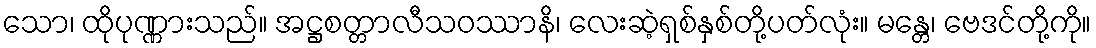
သော၊ ထိုပုဏ္ဏားသည်။ အဋ္ဌစတ္တာလီသဝဿာနိ၊ လေးဆဲ့ရှစ်နှစ်တို့ပတ်လုံး။ မန္တေ၊ ဗေဒင်တို့ကို။